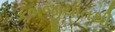
કબજીયાતથી